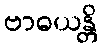
ဗာဓယန္တိ